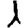
Digit: 1